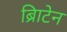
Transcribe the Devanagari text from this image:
ब्रिाटेन